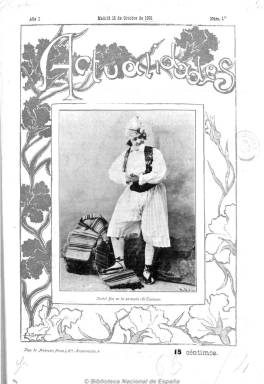
Título: Actualidades (Madrid. 1901)
Colección: Revistas de información general
Ámbito geográfico: Madrid
Lugar de publicación: [S.l.]
Fechas: 15/10/1901-19/04/1903

Revista semanal fundada por Andrés Rodríguez y editada en Madrid inicialmente en la Imprenta de Ambrosio Pérez entre 1901 y 1903.

Publicación de pocas páginas con abundantes ilustraciones de no muy buena calidad elaboradas en su mayoría a base de fotografías, carece de artículos de contenido político, siendo éstos de información cultural y de crónica social referidos tanto a España como al extranjero.

Si bien anuncia en alguno de los primeros números “interesantes novelas publicadas de forma encuadernable”, sin embargo éstas brillan por su ausencia.